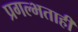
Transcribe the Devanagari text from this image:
प्रगल्भताही